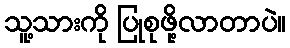
သူ့သားကို ပြုစုဖို့လာတာပဲ။